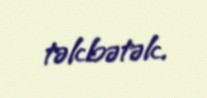
təkbətək.